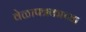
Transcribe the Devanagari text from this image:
वेळापत्रकाच्या